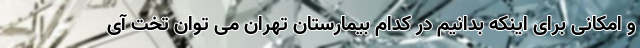
و امکانی برای اینکه بدانیم در کدام بیمارستان تهران می توان تخت آی